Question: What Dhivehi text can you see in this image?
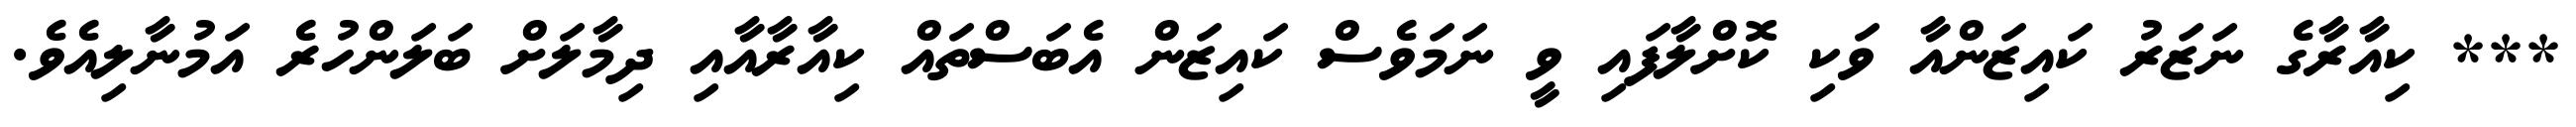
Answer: *** ކިއާރާގެ ނަޒަރު ކައިޒަންއާ ވަކި ކޮށްލާފައި ވީ ނަމަވެސް ކައިޒަން އެބަސްތައް ކިއާރާއާއި ދިމާލަށް ބަލަންހުރެ އަމުނާލިއެވެ.